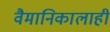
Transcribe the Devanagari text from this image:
वैमानिकालाही